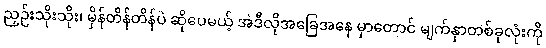
ညှဉ်းသိုးသိုး၊ မှိန်တိန်တိန်ပဲ ဆိုပေမယ့် အဲဒီလိုအခြေအနေ မှာတောင် မျက်နှာတစ်ခုလုံးကို